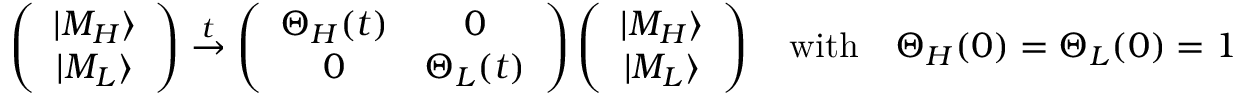
\left( \begin{array} { c } { { | M _ { H } \rangle } } \\ { { | M _ { L } \rangle } } \end{array} \right) \stackrel { t } { \to } \left( \begin{array} { c c } { { \Theta _ { H } ( t ) } } & { { 0 } } \\ { { 0 } } & { { \Theta _ { L } ( t ) } } \end{array} \right) \left( \begin{array} { c } { { | M _ { H } \rangle } } \\ { { | M _ { L } \rangle } } \end{array} \right) \quad \mathrm { w i t h } \quad \Theta _ { H } ( 0 ) = \Theta _ { L } ( 0 ) = 1 \, .